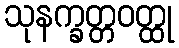
သုနက္ခတ္တဝတ္ထု